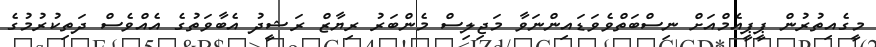
މީގެއިތުރުން ޕީޕީއެމްއަށް ނިސްބަތްވެވަޑައިންނަވާ މަޖިލިސް މެންބަރު ރިޔާޒް ރަޝީދު އެބާވަތުގެ އެއްވެސް ދަތިކުރުމުގެ